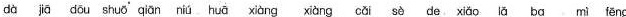
dà jiā dōu shuö qiān nihuāxiàna xiàna cǎi sè de xiǎo lä ba mi fēng